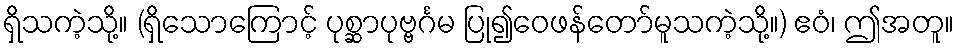
ရှိသကဲ့သို့။ (ရှိသောကြောင့် ပုစ္ဆာပုဗ္ဗင်္ဂမ ပြု၍ဝေဖန်တော်မူသကဲ့သို့။) ဧဝံ၊ ဤအတူ။